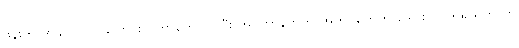
ဖုန်းကို အခုလိုပြုပြင်ပြောင်းလဲတာတွေလုပ်ပြီး အင်တာနက်က အက်ပ်တွေကို ဒေါင်းလုပ်ဒ် ရယူတာက